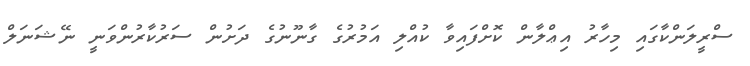
ސްރީލަންކާގައި މިހާރު އިޢްލާން ކޮށްފައިވާ ކުއްލި އަމުރުގެ ގާނޫނުގެ ދަށުން ސަރުކާރުންވަނީ ނޭޝަނަލް